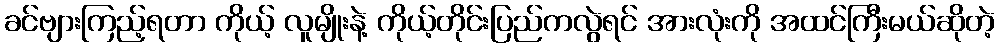
ခင်ဗျားကြည့်ရတာ ကိုယ့် လူမျိုးနဲ့ ကိုယ့်တိုင်းပြည်ကလွဲရင် အားလုံးကို အထင်ကြီးမယ်ဆိုတဲ့